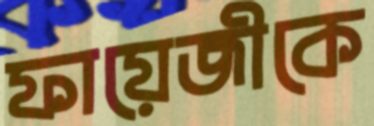
ফায়েজীকে